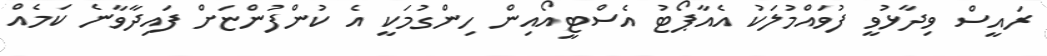
ރައީސް ވިދާޅުވީ ފުވައްމުލަކު އެއާޕޯޓު އެސްޓީއޯއިން ހިންގުމަކީ އެ ކުންފުންޏަށް ފައިދާވާނެ ކަމެއް